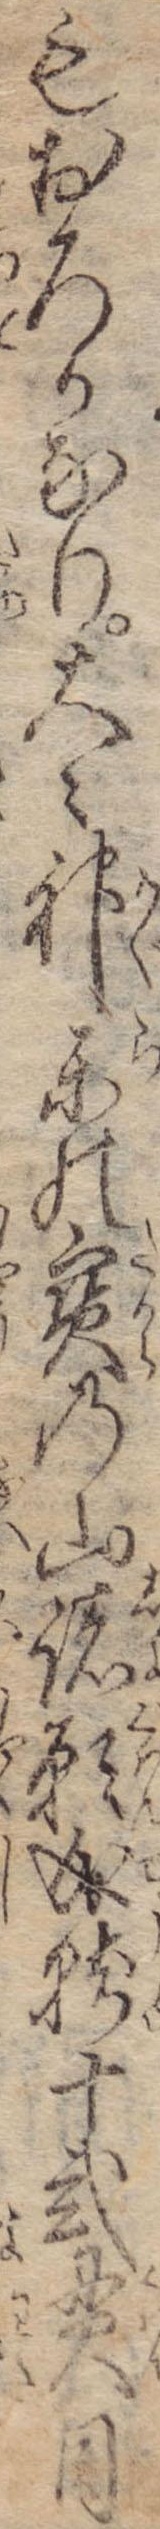
もおろかなり大々神楽の宝の山諸願成就十弐貫目